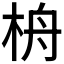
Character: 𣑮